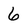
Character: 6